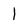
Character: l